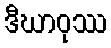
ဒီဃာဝုဿ